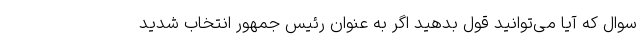
سوال که آیا می‌توانید قول بدهید اگر به عنوان رئیس جمهور انتخاب شدید